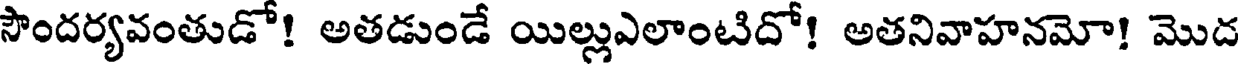
సౌందర్యవంతుడో! అతడుండే యిల్లుఎలాంటిదో! అతనివాహనమో! మొద